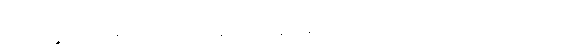
သမ္ပဋိစ္ဆိံသု၊ ဝန်ခံကြလေကုန်၏။ ပန၊ ဆက်၍ဆိုဦးအံ့။ တာယစဝေလာယ၊